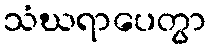
သံဃရာပေတွာ